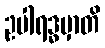
ဥပါရဒ္ဓမှာတိ